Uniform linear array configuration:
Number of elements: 4
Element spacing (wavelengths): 0.75
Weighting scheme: hann
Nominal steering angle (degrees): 15
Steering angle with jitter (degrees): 13.608
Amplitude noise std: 0.05
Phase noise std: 0.05

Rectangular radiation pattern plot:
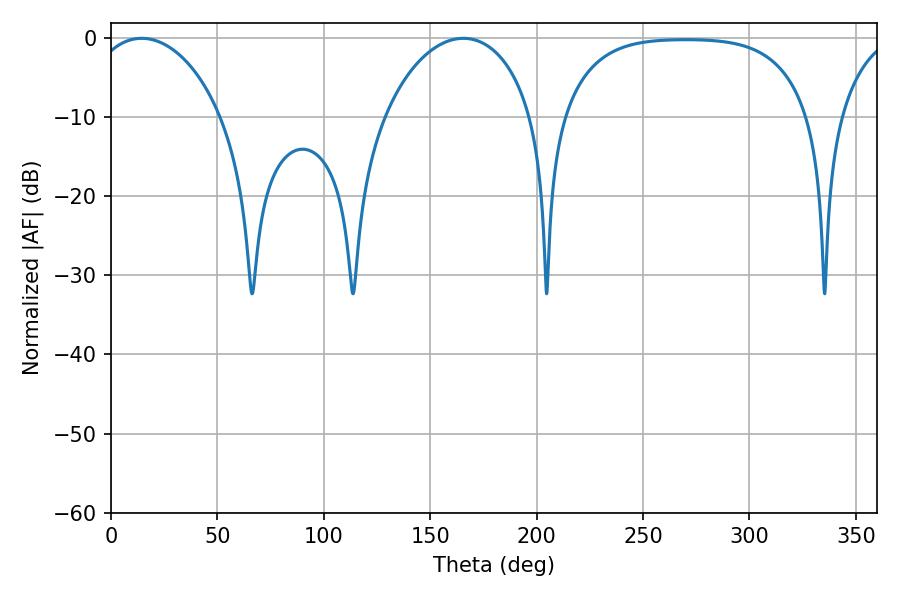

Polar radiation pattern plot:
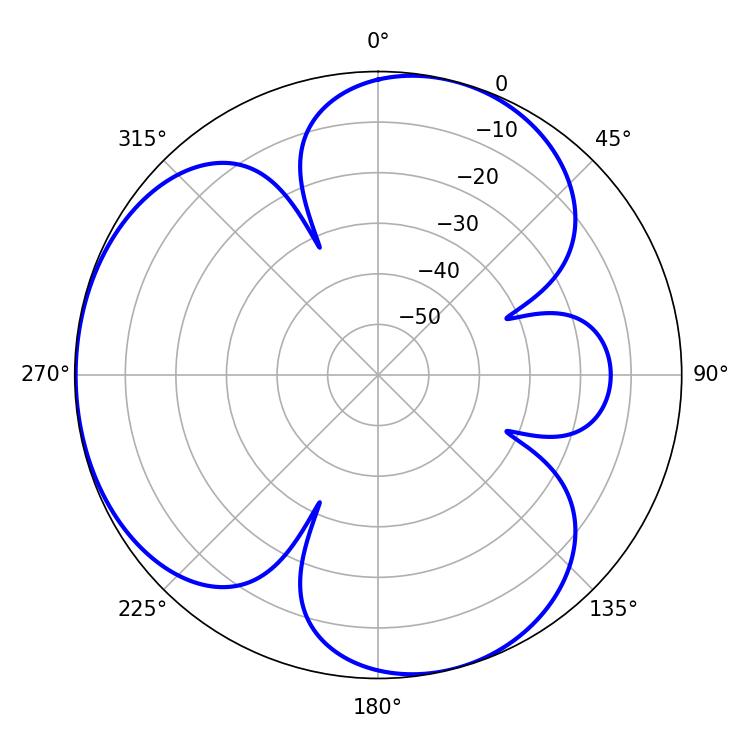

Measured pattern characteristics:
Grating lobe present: TRUE
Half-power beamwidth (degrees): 35.46
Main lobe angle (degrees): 14.4